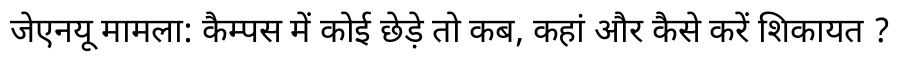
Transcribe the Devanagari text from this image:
जेएनयू मामला: कैम्पस में कोई छेड़े तो कब, कहां और कैसे करें शिकायत ?